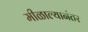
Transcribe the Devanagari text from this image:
मीळाल्यानंतर